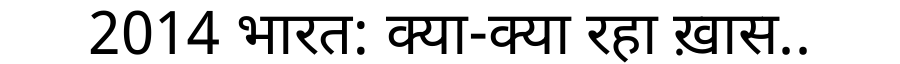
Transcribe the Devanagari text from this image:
2014 भारत: क्या-क्या रहा ख़ास..